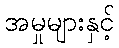
အမှုများနှင့်